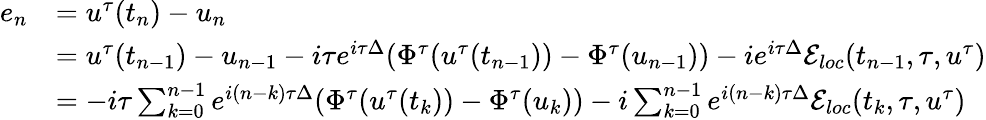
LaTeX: \begin{array}{rl}{e_{n}}&{=u^{\tau}(t_{n})-u_{n}}\\ &{=u^{\tau}(t_{n-1})-u_{n-1}-i\tau e^{i\tau\Delta}(\Phi^{\tau}(u^{\tau}(t_{n-1}))-\Phi^{\tau}(u_{n-1}))-ie^{i\tau\Delta}\mathcal{E}_{loc}(t_{n-1},\tau,u^{\tau})}\\ &{=-i\tau\sum_{k=0}^{n-1}e^{i(n-k)\tau\Delta}(\Phi^{\tau}(u^{\tau}(t_{k}))-\Phi^{\tau}(u_{k}))-i\sum_{k=0}^{n-1}e^{i(n-k)\tau\Delta}\mathcal{E}_{loc}(t_{k},\tau,u^{\tau})}\end{array}